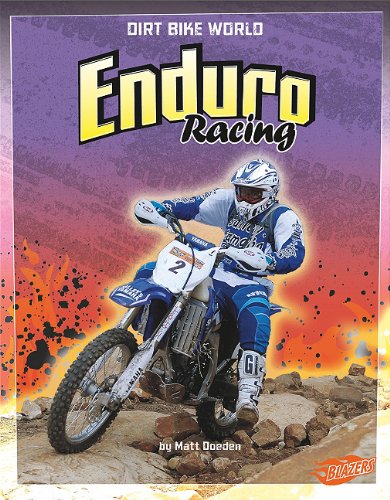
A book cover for Enduro Racing (Dirt Bike World); Matt Doeden; Children's Books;